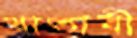
খাতাবী